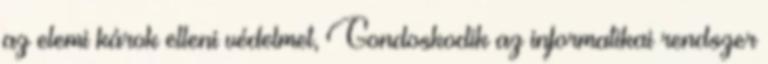
az elemi károk elleni védelmet, Gondoskodik az informatikai rendszer